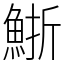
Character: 䱑